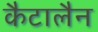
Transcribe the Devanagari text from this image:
कैटालैन